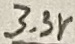
Text: 3.3V